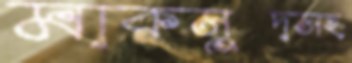
মাকসুদসহ